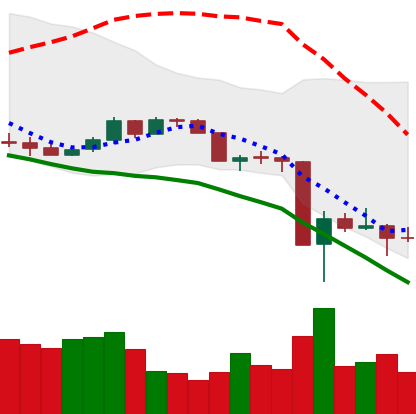
Ticker: DOGE-USD
Chart end date: 2020-03-17
Forward return: 9.074%
Label: up_7plus